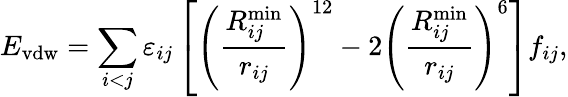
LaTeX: E_{\mathrm{vdw}}=\sum_{i<j}\varepsilon_{ij}\left[\left(\frac{R_{ij}^{\mathrm{min}}}{r_{ij}}\right)^{12}-2\left(\frac{R_{ij}^{\mathrm{min}}}{r_{ij}}\right)^{6}\right]f_{ij},